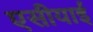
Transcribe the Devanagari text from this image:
एसीयाई